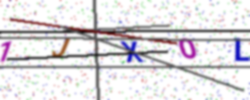
Text: 1JXOL